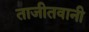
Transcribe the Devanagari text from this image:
ताजीतवानी